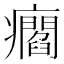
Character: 㿕